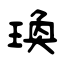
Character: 瑍